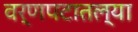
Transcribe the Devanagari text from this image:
वर्णपटातल्या